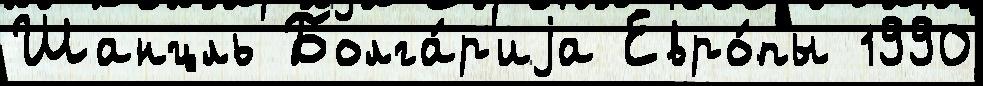
Шанцль Болга́р'иjа Евро́пы 1990